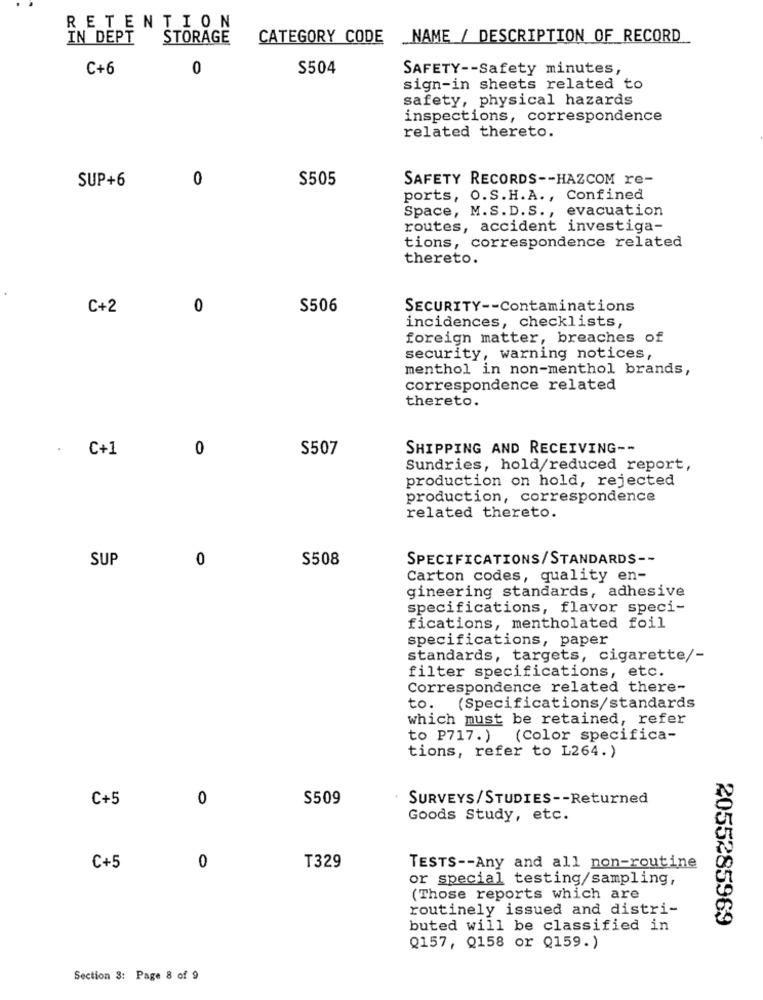
RETENTION
IN DEPT
STORAGE
CATEGORY CODE
_NAME / DESCRIPTION OF RECORD
C+6
0
S504
SAFETY -- Safety minutes,
sign-in sheets related to
safety, physical hazards
inspections, correspondence
related thereto.
0
$505
SAFETY RECORDS -- HAZCOM re-
SUP+6
ports, O.S.H.A ., Confined
Space, M.S.D.S ., evacuation
routes, accident investiga-
tions, correspondence related
thereto.
C+2
0
S506
SECURITY -- Contaminations
incidences, checklists,
foreign matter, breaches of
security, warning notices,
menthol in non-menthol brands,
correspondence related
thereto.
C+1
0
S507
SHIPPING AND RECEIVING --
Sundries, hold/reduced report,
production on hold, rejected
production, correspondence
related thereto.
0
$508
SPECIFICATIONS/STANDARDS --
SUP
Carton codes, quality en-
gineering standards, adhesive
specifications, flavor speci-
fications, mentholated foil
specifications, paper
standards, targets, cigarette/-
filter specifications, etc.
Correspondence related there-
to.
(Specifications/standards
which must be retained, refer
to P717.) (Color specifica-
tions, refer to L264.)
C+5
0
S509
SURVEYS/STUDIES -- Returned
Goods Study, etc.
0
C+5
T329
TESTS -- Any and all non-routine
or special testing/sampling,
(Those reports which are
routinely issued and distri-
2055285969
buted will be classified in
Q157, Q158 or Q159.)
Section 3: Page 8 of 9